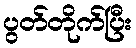
ပွတ်တိုက်ပြီး